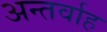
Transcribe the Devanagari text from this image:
अन्‍तर्वाह